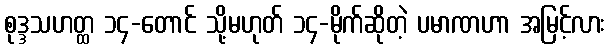
စုဒ္ဒသဟတ္ထ ၁၄-တောင် သို့မဟုတ် ၁၄-မိုက်ဆိုတဲ့ ပမာဏဟာ အမြင့်လား